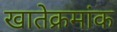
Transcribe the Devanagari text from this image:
खातेक्रमांक